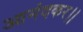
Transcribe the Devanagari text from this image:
आनंदकर।।